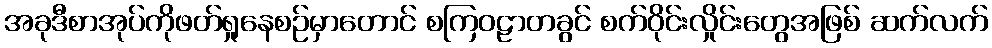
အခုဒီစာအုပ်ကိုဖတ်ရှုနေစဉ်မှာတောင် စကြဝဠာတခွင် စက်ဝိုင်းလှိုင်းတွေအဖြစ် ဆက်လက်